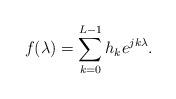
LaTeX: \begin{align*} f(\lambda) = \sum_{k=0}^{L-1}h_k e^{jk\lambda}.\end{align*}